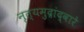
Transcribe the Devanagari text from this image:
नृत्यमुद्रांद्वारे